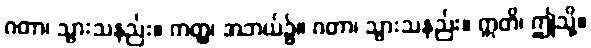
ဂတာ၊ သွားသနည်း။ ကတ္ထ၊ အဘယ်၌။ ဂတာ၊ သွားသနည်း။ ဣတိ၊ ဤသို့။